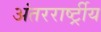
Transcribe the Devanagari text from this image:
अंतररार्ष्ट्रीय